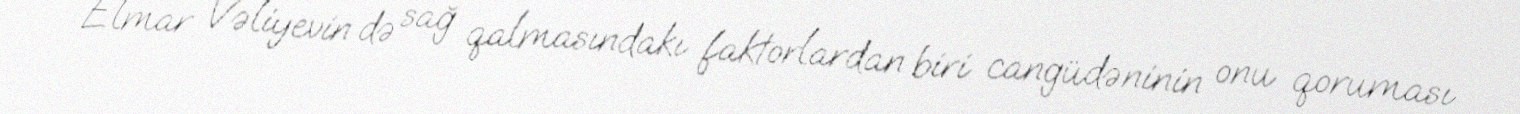
Elmar Vəliyevin də sağ qalmasındakı faktorlardan biri cangüdəninin onu qoruması